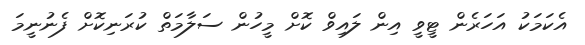
އެކަމަކު އަހަރެން ޓީވީ އިން ލައިވް ކޮށް މީހުން ސަލާމަތް ކުރަނިކޮށް ފެނުނީމަ